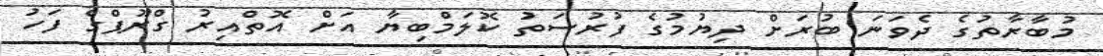
މުބާރާތުގެ ދެވަނަ ބުރަށް ދިޔުމުގެ ފުރުސަތު ކޮލަމްބިޔާ އަށް އޮތްއިރު ގްރޫޕްގެ ފަހު